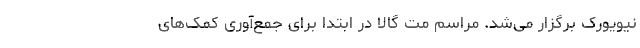
نیویورک برگزار می‌شد. مراسم مت گالا در ابتدا برای جمع‌آوری کمک‌های